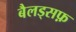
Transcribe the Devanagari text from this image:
बैलड्सफ़